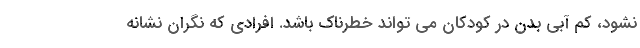
نشود، کم آبی بدن در کودکان می تواند خطرناک باشد. افرادی که نگران نشانه